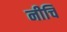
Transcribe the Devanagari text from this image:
नीचि